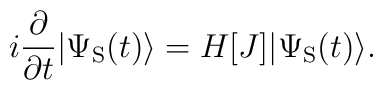
i\frac{\partial}{\partial t}|\Psi_{\rm S}(t)\rangle   =  H[J]|\Psi_{\rm S}(t)\rangle.